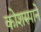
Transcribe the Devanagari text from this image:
कोशरुपाने